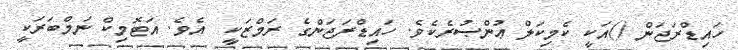
ހައިޑްރަޖަން ()އަކީ ކެމިކަލް ޢުންޞުރެކެވެ. ހައިޑްރަޖަންގެ ރަމްޒަކީ  އެވެ. އަޓޮމިކް ނަމްބަރަކީ